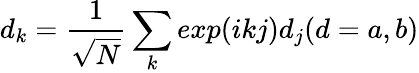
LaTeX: d_{k}=\frac{1}{\sqrt{N}}\sum_{k}exp(ikj)d_{j}(d=a,b)